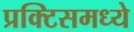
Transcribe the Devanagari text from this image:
प्रक्टिसमध्ये